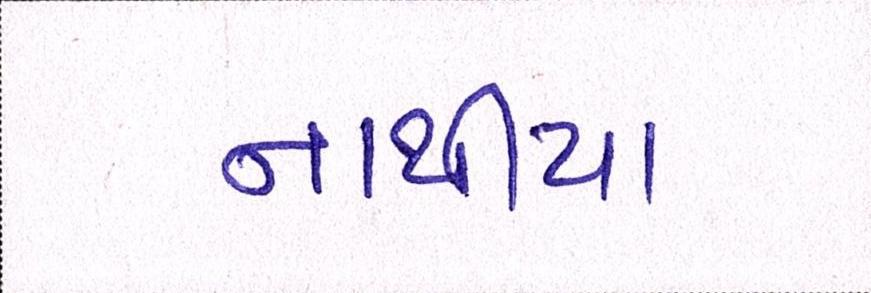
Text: નાથીયા